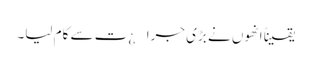
یقیناً انھوں نے بڑی جرا¿ت سے کام لیا۔